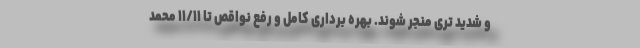
و شدید تری منجر شوند. بهره برداری کامل و رفع نواقص تا ۱۱/۱۱ محمد